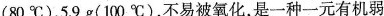
(80^{\circ}C)、5.9g(100^{\circ}C)，不易被氧化，是一种一元有机弱